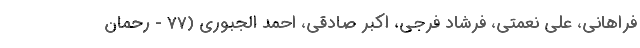
فراهانی، علی نعمتی، فرشاد فرجی، اکبر صادقی، احمد الجبوری (77 - رحمان